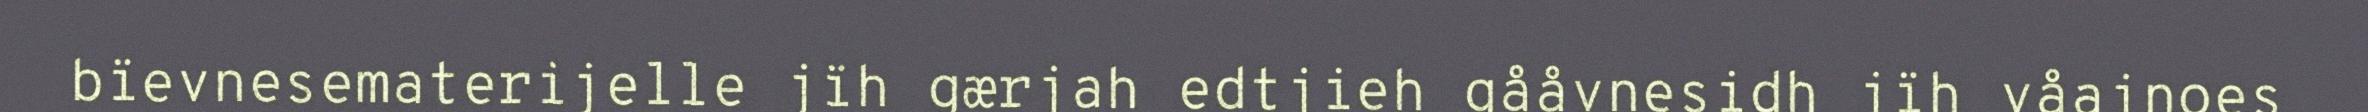
bïevnesematerijelle jïh gærjah edtjieh gååvnesidh jïh våajnoes